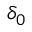
\delta _ { 0 }